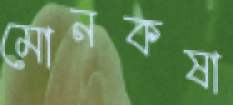
মোনকষা